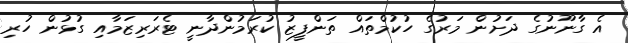
އެ ގާނޫނުގެ ދަށުން މަރުގެ ހުކުމްތައް ތަންފީޒު ކުރަމުންދާނީ ޓެރަރިޒަމާއި ގުޅުން ހުރި